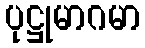
ပုဋ္ဌုမာဂမာ